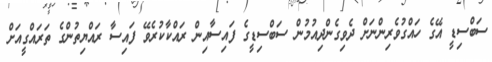
ސަބްސިޑީ އޭގެ ހައްގުވެރިންނަށް ދެވިގެންދިއުމުން ސަބްސިޑީގެ ފައިސާއިން ރައްކާކުރެވޭ ފައިސާ ރައްޔިތުންގެ ތަރައްގީއަށް